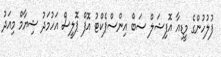
ފުލުހުންގެ މީޑިއާ އޮފިޝަލް ސަބް އިންސްޕެކްޓު އޮފް ޕޮލީސް އަހުމަދު ޝިޔާމް މިއަދު